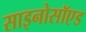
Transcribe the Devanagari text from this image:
साइनोसॉएड